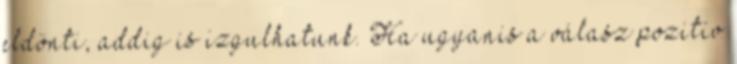
eldönti, addig is izgulhatunk. Ha ugyanis a válasz pozitív